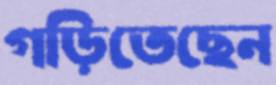
গড়িতেছেন